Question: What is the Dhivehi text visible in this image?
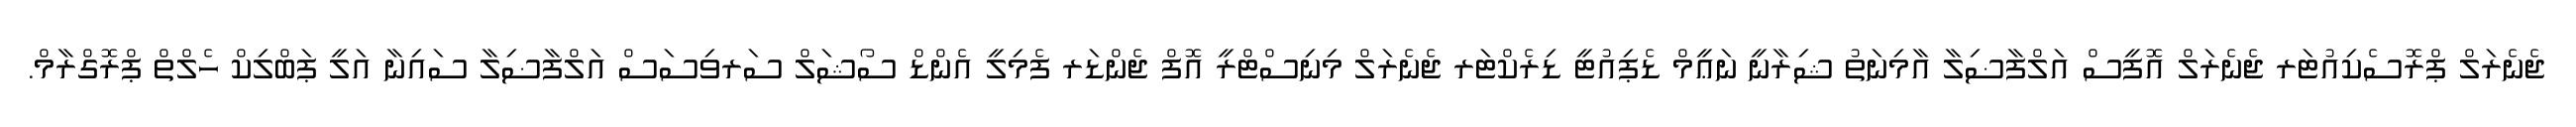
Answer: ޖެނެރަލް ޕްރޮސެކިއުޓަރ ޖެނެރަލް އޮފީސް އަލްފާޟިލާ އާމިނަތު ޝިރާނީ ނަޢީމް ޑެޕިއުޓީ ޑިރެކްޓަރ ޖެނެރަލް މިނިސްޓްރީ އޮފް ޖެންޑަރ ފެމިލީ އެންޑް ސޯޝަލް ސަރވިސަސް އަލްފާޟިލާ ސައިނާ އަލީ ޕަބްލިކް ހެލްތް ޕްރޮގްރާމް.